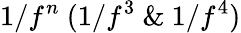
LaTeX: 1/f^{n}~(1/f^{3}~\& ~1/f^{4})